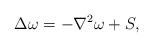
LaTeX: \begin{align*} \Delta\omega=-\nabla^{2}\omega+S, \end{align*}